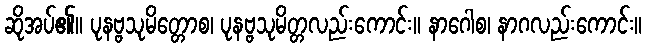
ဆိုအပ်၏။ ပုနဗ္ဗသုမိတ္တောစ၊ ပုနဗ္ဗသုမိတ္တလည်းကောင်း။ နာဂေါစ၊ နာဂလည်းကောင်း။